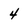
Character: 4